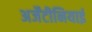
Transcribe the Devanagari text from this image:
अर्जेंटीनियाई